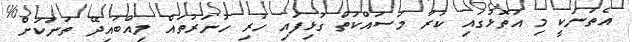
އެތަނަކީ މި އަތޮޅުގައި ކުރާ މަސައްކަތް ގުޅިފައި ހުރި ހުނަރުތައް ލިއްބައިދޭ ތަނަކަށް